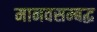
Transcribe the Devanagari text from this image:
मानवसम्बद्ध